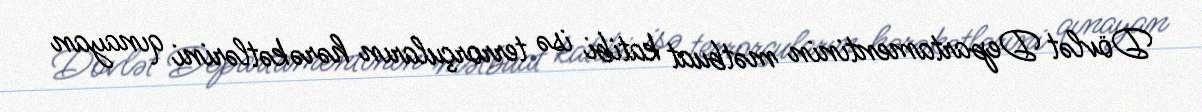
Dövlət Departamentinin mətbuat katibi isə terrorçuların hərəkətlərini qınayan